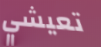
تعيشي